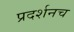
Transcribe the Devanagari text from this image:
प्रदर्शनच